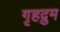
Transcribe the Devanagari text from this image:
गृहद्रुम